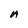
Character: A